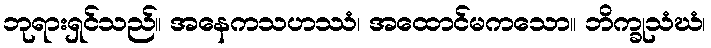
ဘုရားရှင်သည်။ အနေကသဟဿံ၊ အထောင်မကသော။ ဘိက္ခုသံဃံ၊